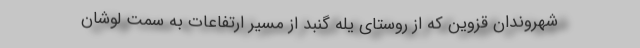
شهروندان قزوین که از روستای یله گنبد از مسیر ارتفاعات به سمت لوشان